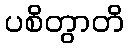
ပစိတွာတိ